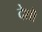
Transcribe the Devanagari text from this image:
देशॊ